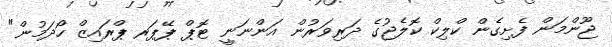
ޖޫންމަން ފެށިގެން ކްލިކް ކޮލެޖުގެ ދަރިވަރުން އަންނަނީ ޓޮޕް ޕޭޕަރ ޕްރައިޒް ހޯދަމުން"